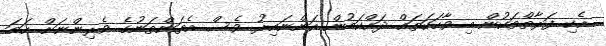
އެކި ފަރާތްތަކުން މި ވާހަކަތައް ދައްކަމުން އަންނައިރު ވެސް އެތަންތަނުގެ ވެރިންނަށް ހަމަ